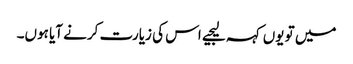
میں تو یوں کہہ لیجیے اس کی زیارت کرنے آیا ہوں۔